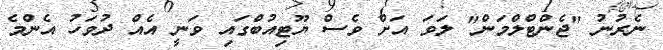
ނެރުނު "ޖެންޓްލްމަން" ލަަވަ އަށް ވެސް ޔޫޓިއުބްގައި ވަނީ އެއް ދުވަހު އެންމެ